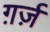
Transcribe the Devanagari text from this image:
ग़र्ज़